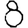
Digit: 8